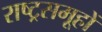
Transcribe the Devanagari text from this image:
राष्ट्रसमूहों